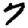
Digit: 7